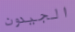
الجيدون